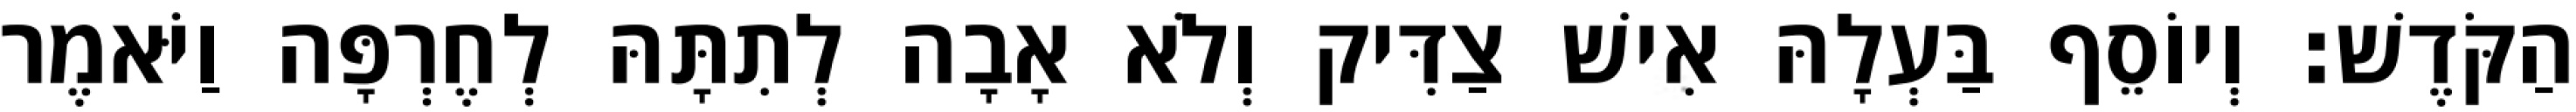
הַקֹּדֶשׁ׃ וְיוֹסֵף בַּעְלָהּ אִישׁ צַדִּיק וְלֹא אָבָה לְתִתָּהּ לְחֶרְפָּה וַיֹּאמֶר